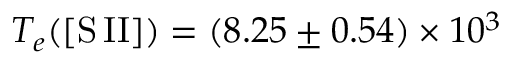
T _ { e } ( \mathrm { [ S \, I I ] } ) = ( 8 . 2 5 \pm 0 . 5 4 ) \times 1 0 ^ { 3 }